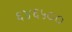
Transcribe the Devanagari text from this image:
६४६५००